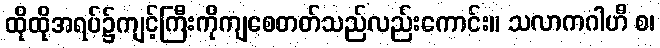
ထိုထိုအရပ်၌ကျင့်ကြီးကိုကျစေတတ်သည်လည်းကောင်း။ သလာကဂါဟီ စ၊